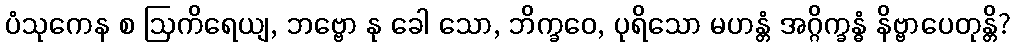
ပံသုကေန စ ဩကိရေယျ, ဘဗ္ဗော နု ခေါ သော, ဘိက္ခဝေ, ပုရိသော မဟန္တံ အဂ္ဂိက္ခန္ဓံ နိဗ္ဗာပေတုန္တိ?